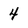
Character: 4